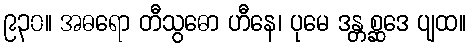
၉၃၀။ အဓရော တီသွဓော ဟီနေ၊ ပုမေ ဒန္တစ္ဆဒေ ပျထ။